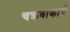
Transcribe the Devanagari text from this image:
चक्रवाकांचे